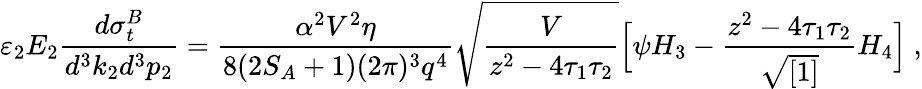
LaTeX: \varepsilon_{2}E_{2}\frac{d\sigma_{t}^{B}}{d^{3}k_{2}d^{3}p_{2}}=\frac{\alpha^{2}V^{2}\eta}{8(2S_{A}+1)(2\pi)^{3}q^{4}}\sqrt{\frac{V}{z^{2}-4\tau_{1}\tau_{2}}}\Bigl[\psi H_{3}-\frac{z^{2}-4\tau_{1}\tau_{2}}{\sqrt{[1]}}H_{4}\Bigr]\ ,